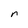
Character: r